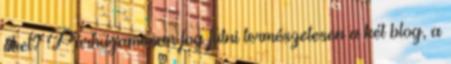
őket? Párhuzamosan fog futni természetesen a két blog, a